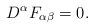
LaTeX: \begin{align*}D^\alpha F_{\alpha \beta} = 0.\end{align*}